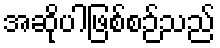
အဆိုပါဖြစ်စဉ်သည်